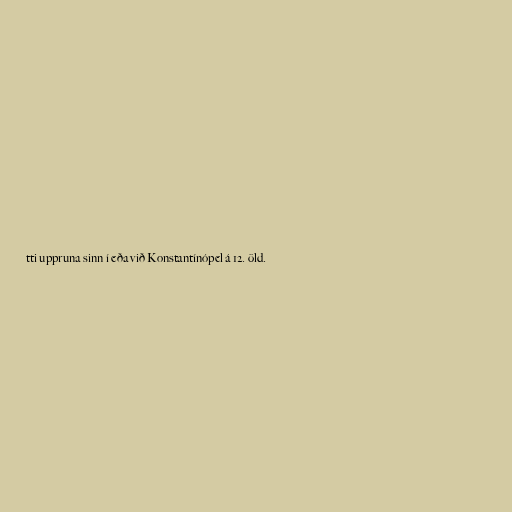
tti uppruna sinn í eða við Konstantínópel á 12. öld.